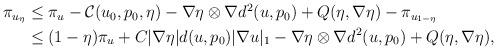
LaTeX: \begin{align*}\begin{aligned}\pi_{u_\eta}&\leq \pi_{u}-\mathcal{C}(u_0,p_0,\eta)-\nabla\eta\otimes \nabla d^2(u,p_0)+Q(\eta,\nabla \eta)-\pi_{u_{1-\eta}}\\&\leq (1-\eta)\pi_{u}+C|\nabla \eta|d(u,p_0)|\nabla u|_1-\nabla\eta\otimes \nabla d^2(u,p_0)+Q(\eta,\nabla\eta),\end{aligned}\end{align*}